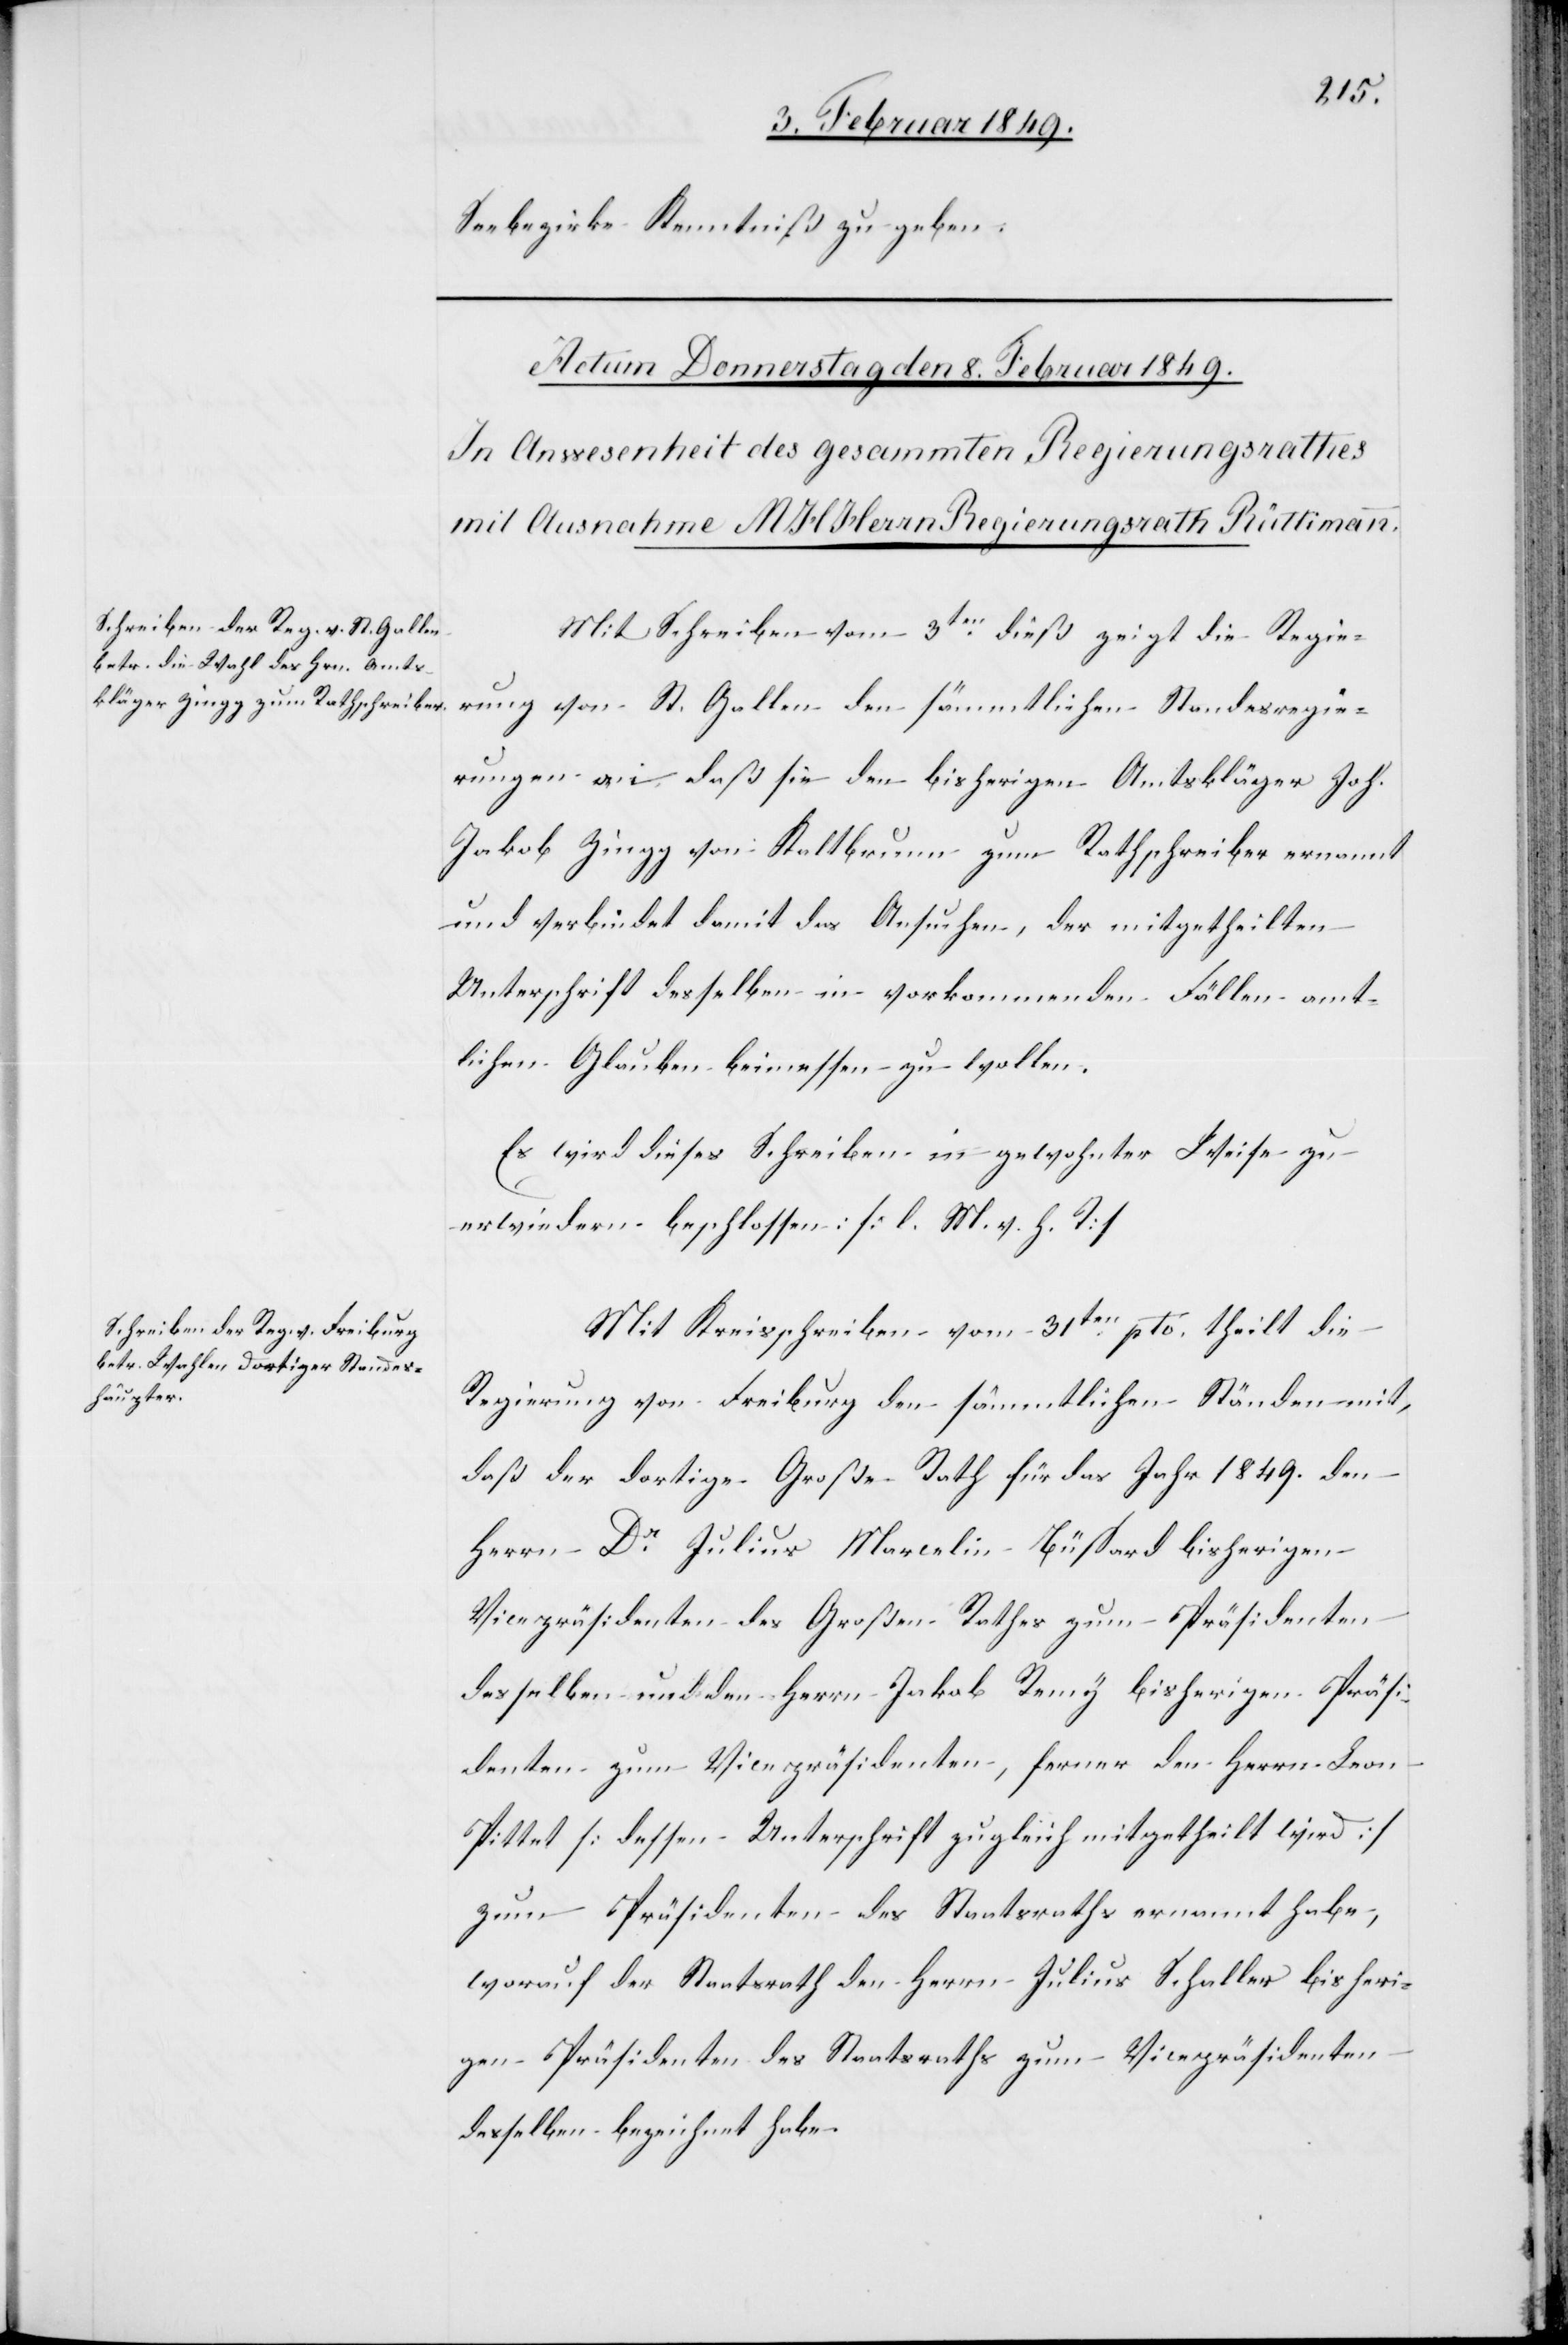
Seebezirks Kenntniß zu geben.
Mit Schreiben vom 3ten. dieß zeigt die Regie¬
rung von St. Gallen den sämmtlichen Standesregie¬
rungen an daß sie den bisherigen Amtskläger Joh.
Jakob Zingg von Kaltbrunn zum Rathschreiber ernannt
und verbindet damit das Ansuchen, der mitgetheilten
Unterschrift desselben in vorkommenden Fällen amt¬
lichen Glauben beimessen zu wollen.
Es wird dieses Schreiben in gewohnter Weise zu
erwiedern beschlossen: [l. M. v. h. T]
Mit Kreisschreiben vom 31ten. pto. theilt die
Regierung von Freiburg den sämmtlichen Ständen mit,
daß der dortige Große Rath für das Jahr 1849. den
Herrn Dr. Julius Marcelin Büssard bisherigen
Vicepräsidenten des Großen Rathes zum Präsidenten
desselben und den Herrn Jakob Remy bisherigen Präsi¬
denten zum Vicepräsidenten, ferner den Herrn Leon
Pittet [dessen Unterschrift zugleich mitgetheilt wird]
zum Präsidenten des Staatsraths ernannt habe,
worauf der Staatsrath den Herrn Julius Schaller bisheri¬
gen Präsidenten des Staatsraths zum Vicepräsidenten
desselben bezeichnet habe.